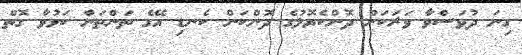
ގިނަ ދުވަސްވާ ވަރަކަށް ދޮންކެޔޮލުގެ ދޮންކަން ކެނޑި އޭގެ ތަންތަން ކަޅުވާ ގޮތް